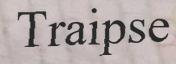
Traipse